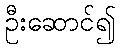
ဦးဆောင်၍